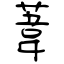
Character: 葦